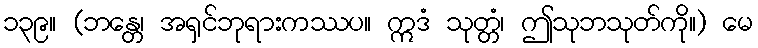
၁၃၉။ (ဘန္တေ၊ အရှင်ဘုရားကဿပ။ ဣဒံ သုတ္တံ၊ ဤသုဘသုတ်ကို။) မေ